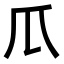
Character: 𤓰